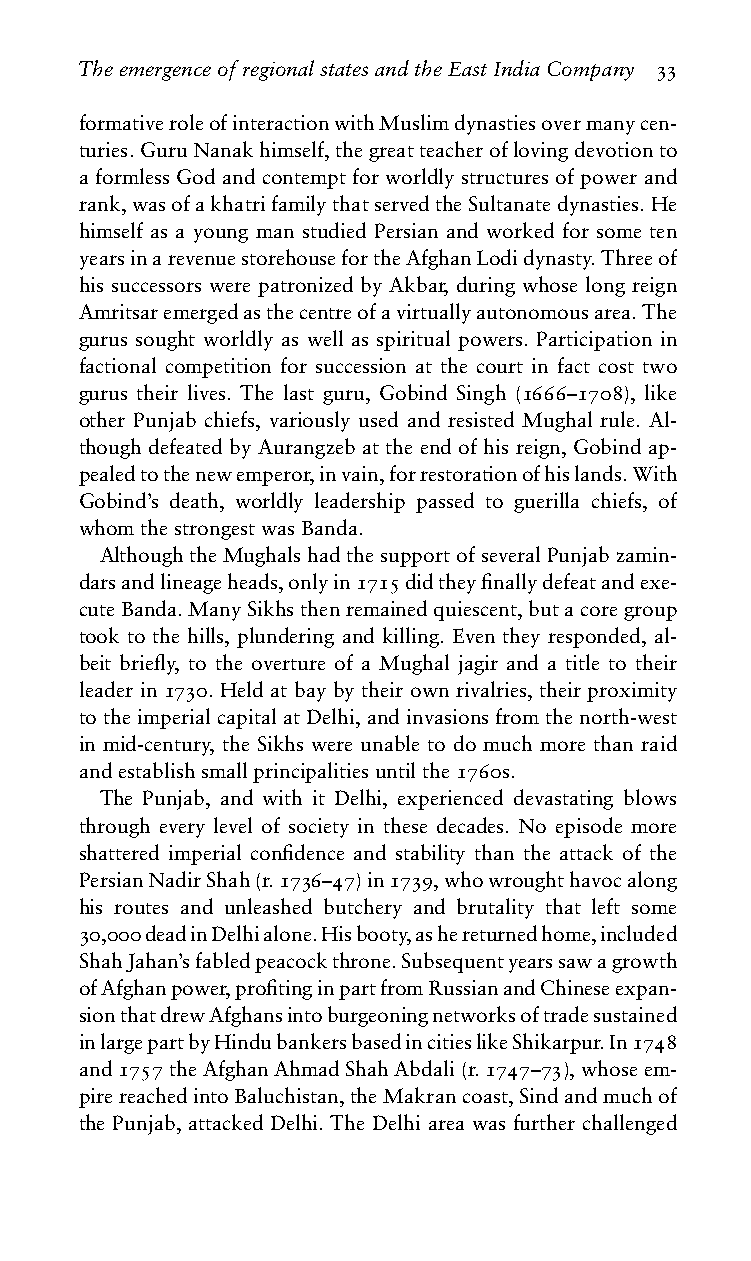
TheemergenceofregionalstatesandtheEastIndiaCompany 33
 formativeroleofinteractionwithMuslimdynastiesovermanycen-
 turies.GuruNanakhimself,thegreatteacheroflovingdevotionto
 a formless God and contempt for worldly structures of power and
 rank,wasofakhatrifamilythatservedtheSultanatedynasties.He
 himself as a young man studied Persian and worked for some ten
 yearsinarevenuestorehousefortheAfghanLodidynasty.Threeof
 his successors were patronized by Akbar, during whose long reign
 Amritsaremergedasthecentreofavirtuallyautonomousarea.The
 gurus sought worldly as well as spiritual powers. Participation in
 factional competition for succession at the court in fact cost two
 gurus their lives. The last guru, Gobind Singh (1666–1708), like
 other Punjab chiefs, variously used and resisted Mughal rule. Al-
 though defeated by Aurangzeb at the end of his reign, Gobind ap-
 pealedtothenewemperor,invain,forrestorationofhislands.With
 Gobind’s death, worldly leadership passed to guerilla chiefs, of
 whomthestrongestwasBanda.
 AlthoughtheMughalshadthesupportofseveralPunjabzamin-
 darsandlineageheads,onlyin1715didtheyfinallydefeatandexe-
 cuteBanda.ManySikhsthenremainedquiescent,butacoregroup
 took to the hills, plundering and killing. Even they responded, al-
 beit briefly, to the overture of a Mughal jagir and a title to their
 leader in 1730. Held at bay by their own rivalries, their proximity
 totheimperialcapitalatDelhi,andinvasionsfromthenorth-west
 in mid-century, the Sikhs were unable to do much more than raid
 andestablishsmallprincipalitiesuntilthe1760s.
 The Punjab, and with it Delhi, experienced devastating blows
 through every level of society in these decades. No episode more
 shattered imperial confidence and stability than the attack of the
 PersianNadirShah(r.1736–47)in1739,whowroughthavocalong
 his routes and unleashed butchery and brutality that left some
 30,000deadinDelhialone.Hisbooty,ashereturnedhome,included
 ShahJahan’sfabledpeacockthrone.Subsequentyearssawagrowth
 ofAfghanpower,profitinginpartfromRussianandChineseexpan-
 sionthatdrewAfghansintoburgeoningnetworksoftradesustained
 inlargepartbyHindubankersbasedincitieslikeShikarpur.In1748
 and1757theAfghanAhmadShahAbdali(r.1747–73),whoseem-
 pirereachedintoBaluchistan,theMakrancoast,Sindandmuchof
 the Punjab, attacked Delhi. The Delhi area was further challenged